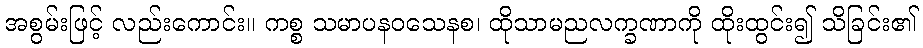
အစွမ်းဖြင့် လည်းကောင်း။ ကစ္စ သမာပနဝသေနစ၊ ထိုသာမညလက္ခဏာကို ထိုးထွင်း၍ သိခြင်း၏